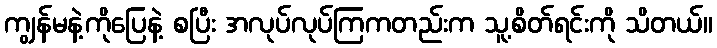
ကျွန်မနဲ့ကိုပြေနဲ့ စပြီး အလုပ်လုပ်ကြကတည်းက သူ့စိတ်ရင်းကို သိတယ်။